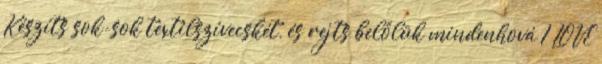
Készíts sok-sok textilszívecskét, és rejts belőlük mindenhová I LOVE